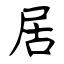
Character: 居